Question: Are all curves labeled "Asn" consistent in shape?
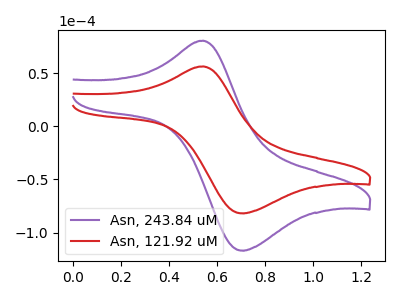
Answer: <think>The purple curve "Asn, 243.84 uM" has an anodic peak at (0.55V, 80.90uA) and a cathodic peak at (0.70V, -117.05uA). The red curve "Asn, 121.92 uM" has an anodic peak at (0.55V, 56.60uA) and a cathodic peak at (0.70V, -81.90uA).
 All the peaks in "Asn, 243.84 uM" have a peak in "Asn, 121.92 uM" at the same potential. Every peak in "Asn, 243.84 uM" is higher than every peak in "Asn, 121.92 uM".</think>
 <answer>All the CV's of "Asn" have similar shape.</answer>
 <eval>follow_rule</eval>